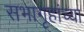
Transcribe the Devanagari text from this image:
सभागृहांच्या